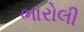
ભારોલી